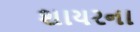
શાયરના